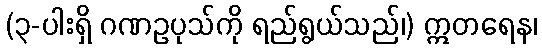
(၃-ပါးရှိ ဂဏဥပုသ်ကို ရည်ရွယ်သည်၊) ဣတရေန၊